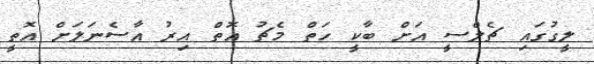
ލީގުގައި ޗެލްސީ އަށް ބާކީ ހަތް މެޗު އޮތް އިރު އާސެނަލަށް އޮތީ